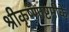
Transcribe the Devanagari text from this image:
श्रीकृष्णाष्टमीके